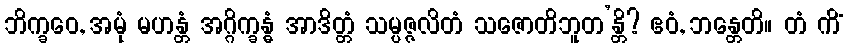
ဘိက္ခဝေ, အမုံ မဟန္တံ အဂ္ဂိက္ခန္ဓံ အာဒိတ္တံ သမ္ပဇ္ဇလိတံ သဇောတိဘူတ’န္တိ? ဧဝံ, ဘန္တေတိ။ တံ ကိံ